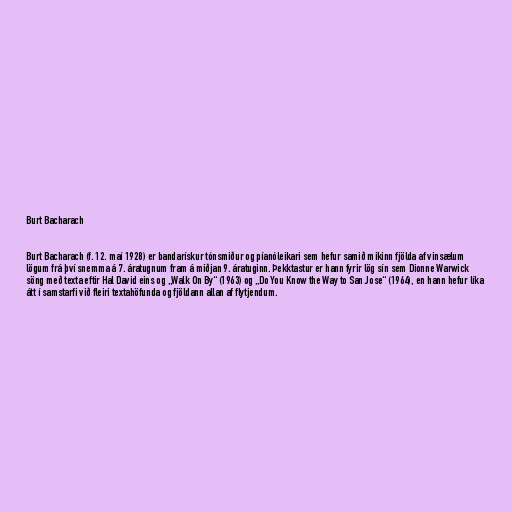
Burt Bacharach

Burt Bacharach (f. 12. maí 1928) er bandarískur tónsmiður og píanóleikari sem hefur samið mikinn fjölda af vinsælum
lögum frá því snemma á 7. áratugnum fram á miðjan 9. áratuginn. Þekktastur er hann fyrir lög sín sem Dionne Warwick
söng með texta eftir Hal David eins og „Walk On By“ (1963) og „Do You Know the Way to San Jose“ (1964), en hann hefur líka
átt í samstarfi við fleiri textahöfunda og fjöldann allan af flytjendum.